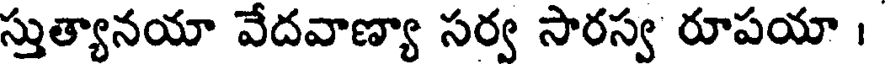
స్తుత్యానయా వేదవాణ్యా సర్వ సారస్వ రూపయా ।